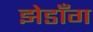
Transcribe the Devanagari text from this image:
झेडाँग